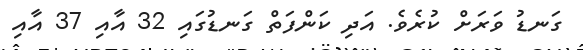
ގަނޑު ވަރަށް ކުރެވެ. އަދި ކަންފަތް ގަނޑުގައި 32 އާއި 37 އާއި